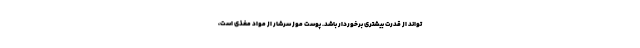
تواند از قدرت بیشتری برخوردار باشد. پوست موز سرشار از مواد مغذی است،